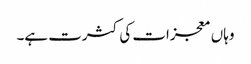
وہاں معجزات کی کثرت ہے۔